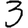
Digit: 3